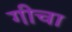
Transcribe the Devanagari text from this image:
गीचा